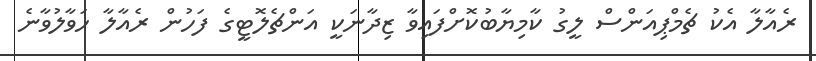
ރެއާލާ އެކު ޗެމްޕިއަންސް ލީގު ކާމިޔާބުކޮށްފައިވާ ޒިދާނަކީ އަންޗެލޮޓީގެ ފަހުން ރެއާލާ ހަވާލުވާނެ